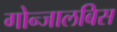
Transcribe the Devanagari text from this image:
गोन्जालबिस